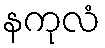
နကုလံ